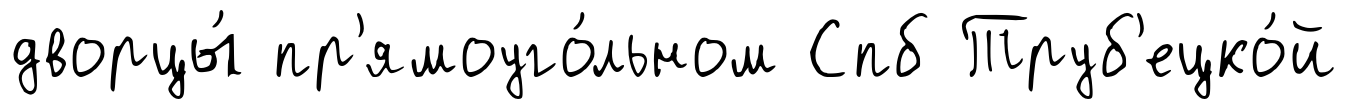
дворцы́ пр'ямоуго́льном Спб Труб'ецко́й